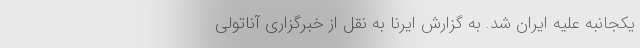
یکجانبه علیه ایران شد. به گزارش ایرنا به نقل از خبرگزاری آناتولی